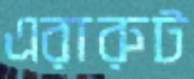
এরারুট